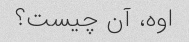
اوه، آن چیست؟